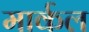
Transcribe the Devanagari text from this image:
मार्कल